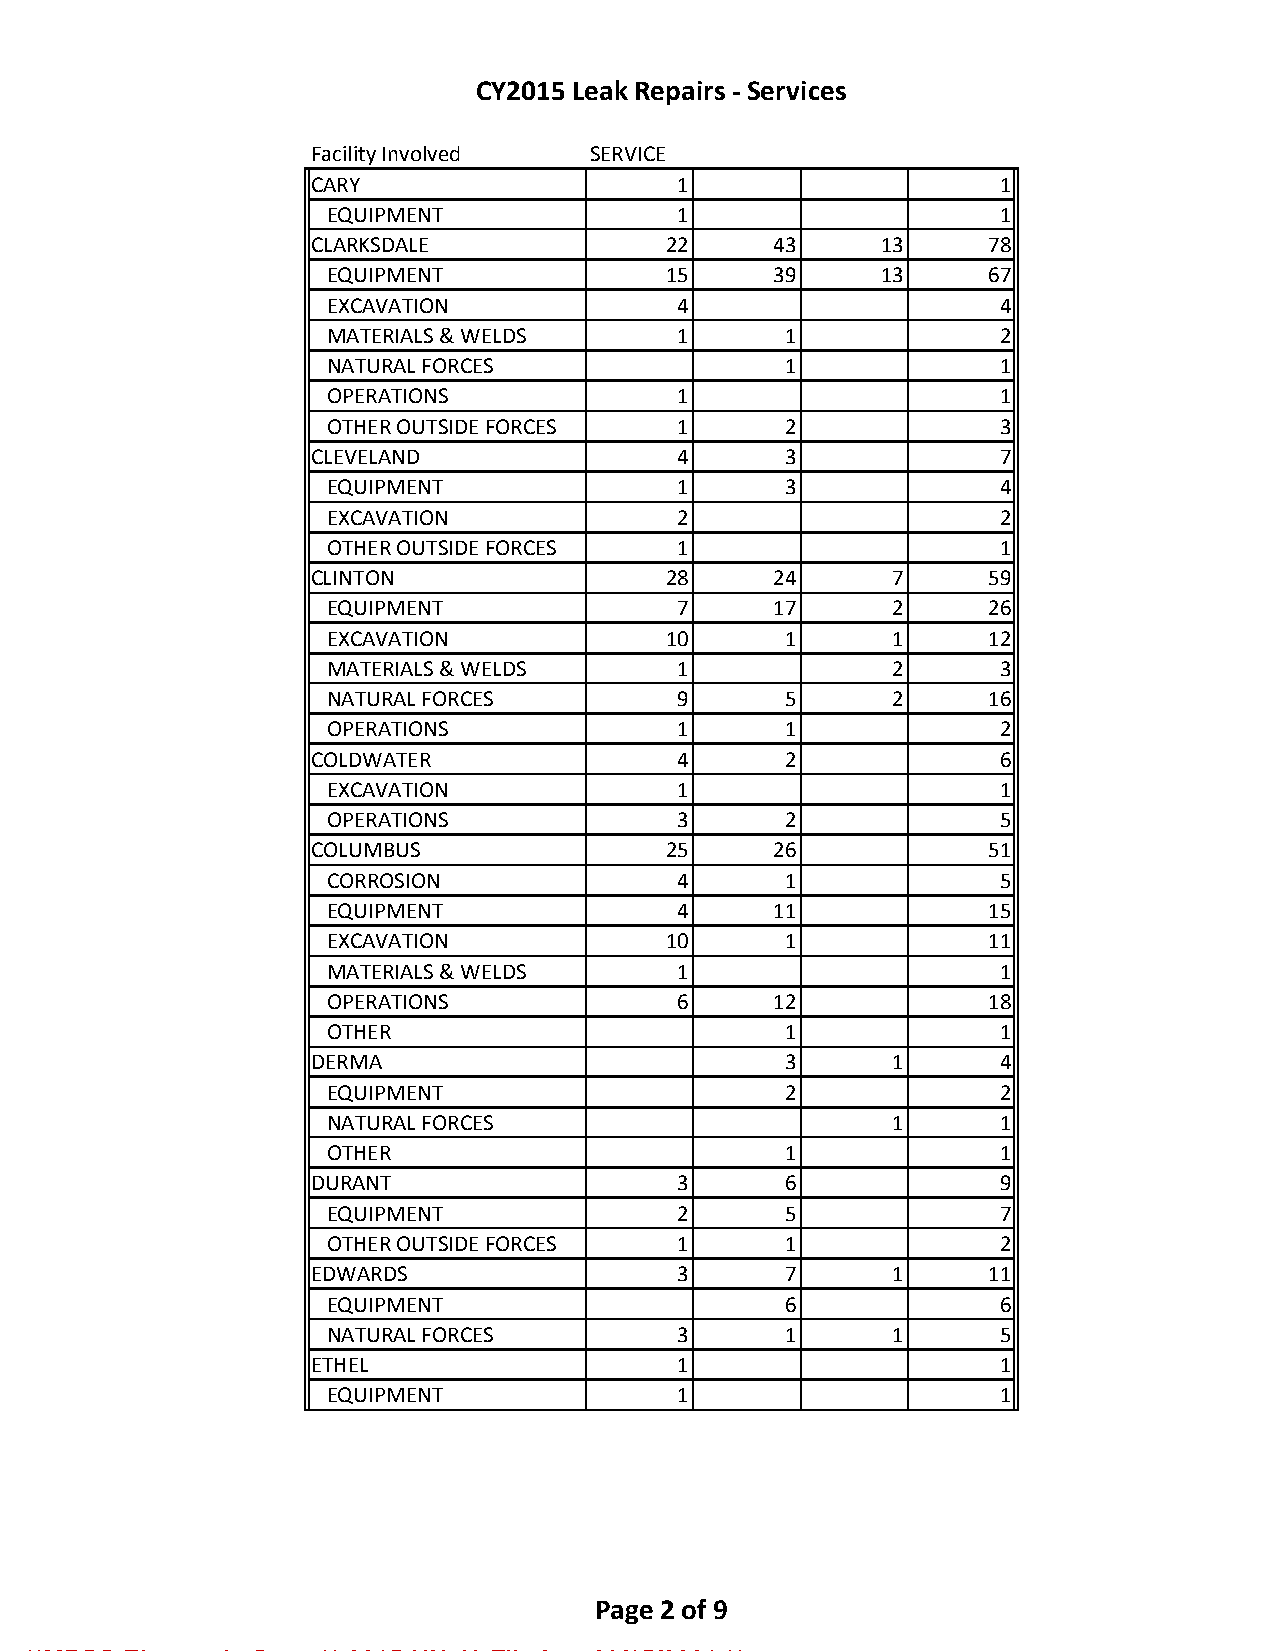
CY2015 Leak Repairs - Services
 Facility Involved  SERVICE
 CARY                    1                     1
 EQUIPMENT              1                     1
 CLARKSDALE              22     43     13     78
 EQUIPMENT              15     39     13     67
 EXCAVATION             4                     4
 MATERIALS & WELDS      1       1             2
 NATURAL FORCES                 1             1
 OPERATIONS             1                     1
 OTHER OUTSIDE FORCES   1       2             3
 CLEVELAND               4       3             7
 EQUIPMENT              1       3             4
 EXCAVATION             2                     2
 OTHER OUTSIDE FORCES   1                     1
 CLINTON                 28     24      7     59
 EQUIPMENT              7      17      2     26
 EXCAVATION             10      1      1     12
 MATERIALS & WELDS      1              2      3
 NATURAL FORCES         9       5      2     16
 OPERATIONS             1       1             2
 COLDWATER               4       2             6
 EXCAVATION             1                     1
 OPERATIONS             3       2             5
 COLUMBUS                25     26            51
 CORROSION              4       1             5
 EQUIPMENT              4      11            15
 EXCAVATION             10      1            11
 MATERIALS & WELDS      1                     1
 OPERATIONS             6      12            18
 OTHER                          1             1
 DERMA                           3      1      4
 EQUIPMENT                      2             2
 NATURAL FORCES                        1      1
 OTHER                          1             1
 DURANT                  3       6             9
 EQUIPMENT              2       5             7
 OTHER OUTSIDE FORCES   1       1             2
 EDWARDS                 3       7      1     11
 EQUIPMENT                      6             6
 NATURAL FORCES         3       1      1      5
 ETHEL                   1                     1
 EQUIPMENT              1                     1
 Page 2 of 9
 **MPSC Electronic Copy ** 2015-UN-49 Filed on 03/15/2021 **